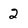
Character: 2